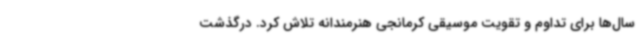
سال‌ها برای تداوم و تقویت موسیقی کرمانجی هنرمندانه تلاش کرد. درگذشت